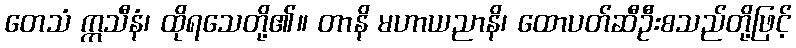
တေသံ ဣသီနံ၊ ထိုရသေတို့၏။ တာနိ မဟာယညာနိ၊ ထောပတ်ဆီဦးစသည်တို့ဖြင့်